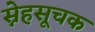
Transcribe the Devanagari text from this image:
स्नेहसूचक